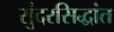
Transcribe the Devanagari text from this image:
सुंदरसिद्धांत